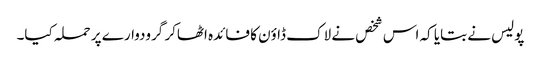
پولیس نے بتایا کہ اس شخص نے لاک ڈاؤن کا فائدہ اٹھاکر گرودوارے پر حملہ کیا۔